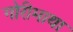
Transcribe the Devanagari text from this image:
गोरीमाथा